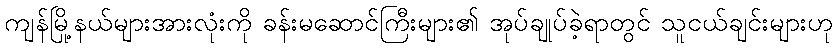
ကျန်မြို့နယ်များအားလုံးကို ခန်းမဆောင်ကြီးများ၏ အုပ်ချုပ်ခဲ့ရာတွင် သူငယ်ချင်းများဟု